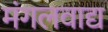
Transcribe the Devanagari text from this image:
मंगलवाद्य